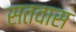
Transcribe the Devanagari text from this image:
सतवास